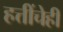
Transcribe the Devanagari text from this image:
हत्तींचेही